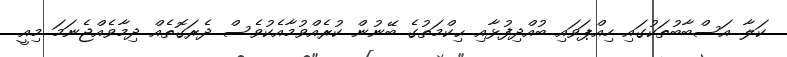
ކަލާ އަސްބާބުތަކުގައި ހިއްޕަވައި ބުއްދިފުޅާއި ޙިކްމަތުގެ ބޭނުން ކުރެއްވުމާއެކުވެސް ދެރަގޮތެއް ދިމާވެއްޖެނަމަ މިއީ